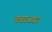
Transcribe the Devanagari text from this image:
चचाजाद